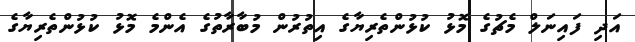
އަދި ފައިނަލް މެޗުގެ މޮޅު ކުޅުންތެރިޔާގެ އިތުރުން މުބާރާތުގެ އެންމެ މޮޅު ކުޅުންތެރިޔާގެ